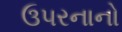
ઉપરનાનો